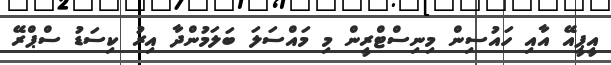
އީޕީއޭ އާއި ހައުސިން މިނިސްޓްރީން މި މައްސަލަ ބަލަމުންދާ އިރު ކިސަޑު ސްޕްރޭ